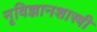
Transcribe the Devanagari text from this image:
नृविज्ञानशास्त्री